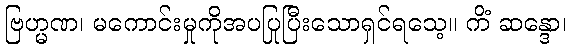
ဗြဟ္မဏ၊ မကောင်းမှုကိုအပပြုပြီးသောရှင်ရသေ့။ ကိံ ဆန္ဒော၊